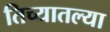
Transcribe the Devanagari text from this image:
तिच्यातल्या